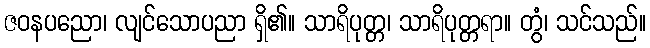
ဇဝနပညော၊ လျင်သောပညာ ရှိ၏။ သာရိပုတ္တ၊ သာရိပုတ္တရာ။ တွံ၊ သင်သည်။